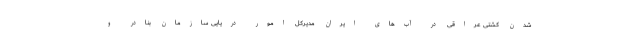
شدن کشتی عراقی در آب‌های ایران مدیرکل امور دریایی سازمان بنادر و